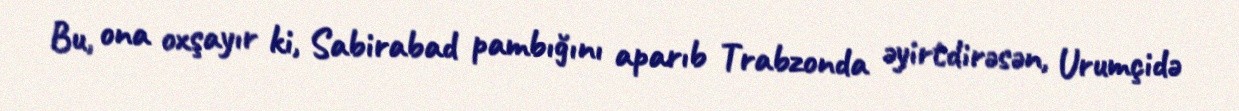
Bu, ona oxşayır ki, Sabirabad pambığını aparıb Trabzonda əyirtdirəsən, Urumçidə